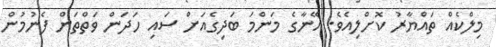
މިލްކެއް ތައްޔާރު ކޮށްލިއެވެ. އޭނާގެ މަންމަ ބަދިގެއަށް ސައި ހަދަން ވަތްތަން ފެނުމުން